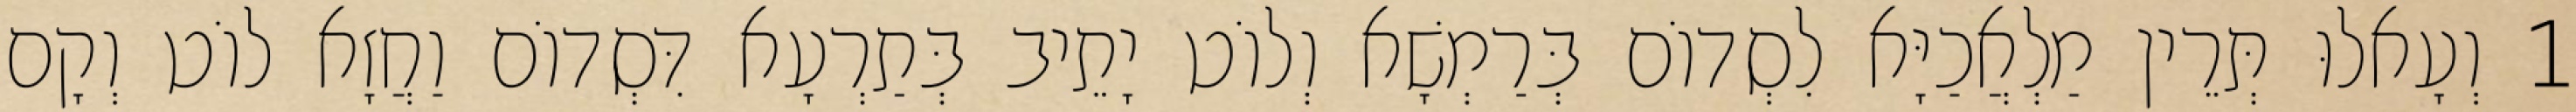
1 וְעָאלוּ תְּרֵין מַלְאֲכַיָּא לִסְדוֹם בְּרַמְשָׁא וְלוֹט יָתֵיב בְּתַרְעָא דִּסְדוֹם וַחֲזָא לוֹט וְקָם